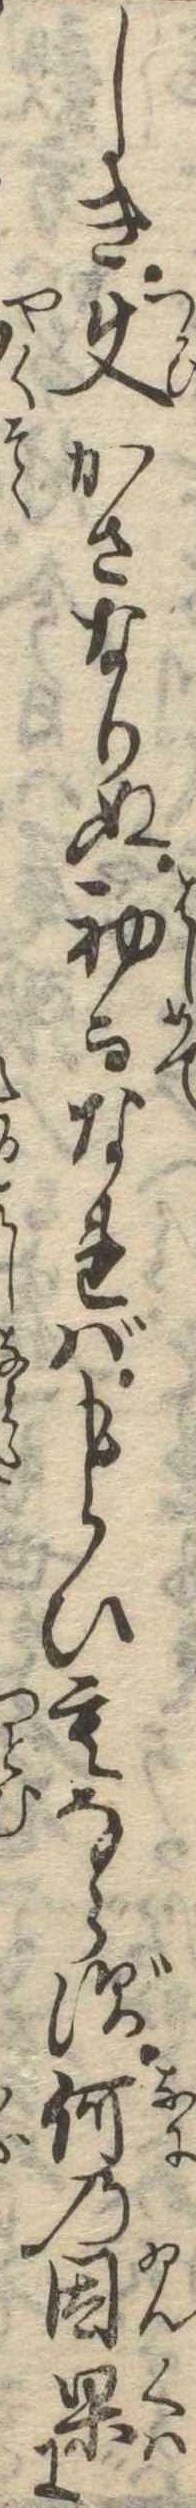
しき使かさなりぬ初而なればもらひもならず何の因果に